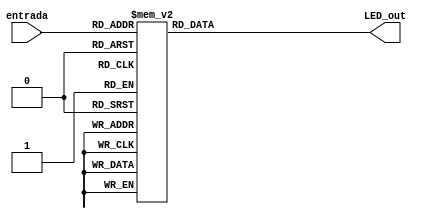
module display(
	input[3:0]entrada,
	output reg[6:0] LED_out
);

// Cathode patterns of the 7-segment LED display 
	always @(*) begin
	 case(entrada) //7'babcdefg
			  4'b0000: LED_out <= 7'b1000000; // 0
			  4'b0001: LED_out <= 7'b1111001; // 1
			  4'b0010: LED_out <= 7'b0100100; // 2
			  4'b0011: LED_out <= 7'b0110000; // 3
			  4'b0100: LED_out <= 7'b0011001; // 4
			  4'b0101: LED_out <= 7'b0010010; // 5
			  4'b0110: LED_out <= 7'b0000010; // 6
			  4'b0111: LED_out <= 7'b1111000; // 7
			  4'b1000: LED_out <= 7'b0000000; // 8
			  4'b1001: LED_out <= 7'b0010000; // 9
			  4'b1010: LED_out <= 7'b0001000; // A
			  4'b1011: LED_out <= 7'b0000011; // B
			  4'b1100: LED_out <= 7'b1000110; // C
			  4'b1101: LED_out <= 7'b0100001; // D
			  4'b1110: LED_out <= 7'b0000110; // E
			  4'b1111: LED_out <= 7'b0001110; // F
		default: LED_out = 7'b0000001; // "0"
	 endcase
	end
endmodule